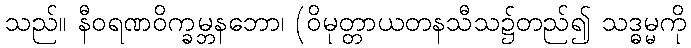
သည်။ နီဝရဏဝိက္ခမ္ဘနဘော၊ (ဝိမုတ္တာယတနသီသ၌တည်၍ သဒ္ဓမ္မကို